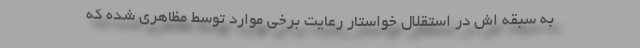
به سبقه اش در استقلال خواستار رعایت برخی موارد توسط مظاهری شده که